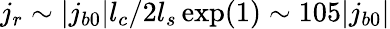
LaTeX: j_{r}\sim|j_{b0}|l_{c}/2l_{s}\exp(1)\sim 105|j_{b0}|